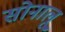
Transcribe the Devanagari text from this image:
सोनालू